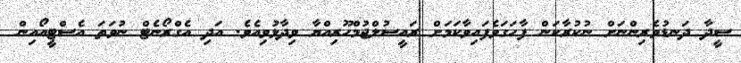
ސީދާ ދަނޑުވެރިންނަށް ނުކުރާކަން ފާހަގަވެފައިވާކަމަށް ރައީސުލްޖުމްހޫރިއްޔާ ވިދާޅުވިއެވެ. އަދި އެގްރޯނެޓް ނުވަތަ އެސްޓީއޯއިން